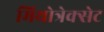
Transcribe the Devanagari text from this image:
मिथोत्रेक्सेट